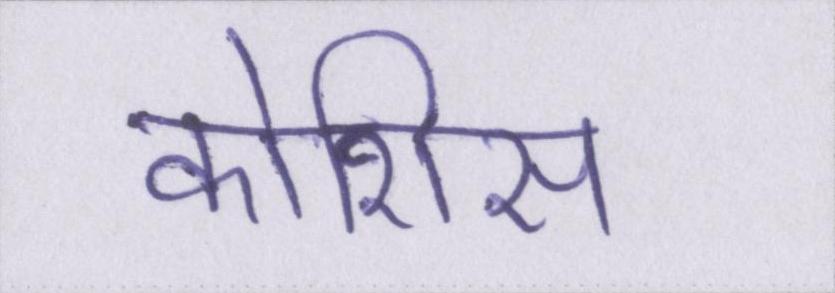
कोशिस